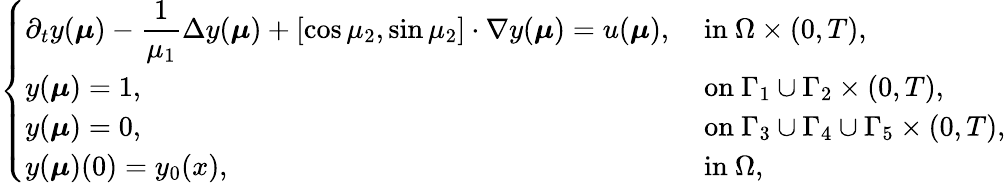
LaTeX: \left\{ \begin{array}{ll}{\displaystyle\partial_{t}y(\boldsymbol{\mu})-\frac{1}{\mu_{1}}\Delta y(\boldsymbol{\mu})+[\cos{\mu_{2}},\sin{\mu_{2}}]\cdot\nabla y(\boldsymbol{\mu})=u(\boldsymbol{\mu}),}&{\mathrm{~in~}\Omega\times(0,T),}\\ {\displaystyle y(\boldsymbol{\mu})=1,}&{\mathrm{~on~}\Gamma_{1}\cup\Gamma_{2}\times(0,T),}\\ {\displaystyle y(\boldsymbol{\mu})=0,}&{\mathrm{~on~}\Gamma_{3}\cup\Gamma_{4}\cup\Gamma_{5}\times(0,T),}\\ {\displaystyle y(\boldsymbol{\mu})(0)=y_{0}(x),}&{\mathrm{~in~}\Omega,}\end{array}\right.